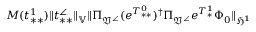
M ( t _ { * * } ^ { 1 } ) \| t _ { * * } ^ { \angle } \| _ { \mathbb { V } } \| \Pi _ { \mathfrak { V } ^ { \angle } } ( e ^ { T _ { * * } ^ { 0 } } ) ^ { \dag } \Pi _ { \mathfrak { V } ^ { \angle } } e ^ { T _ { * } ^ { 1 } } \Phi _ { 0 } \| _ { \mathfrak { H } ^ { 1 } }